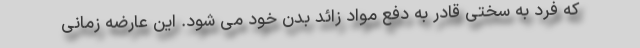
که فرد به سختی قادر به دفع مواد زائد بدن خود می شود. این عارضه زمانی